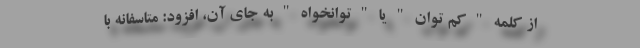
از کلمه " کم توان " یا " توانخواه " به جای آن، افزود: متاسفانه با